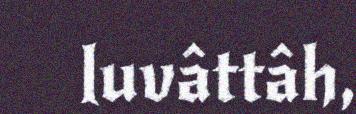
luvâttâh,